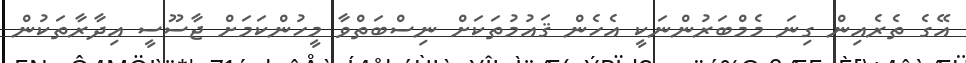
އޭގެ ތެރެއިން ގިނަ މެމްބަރުންނަކީ އެހެން ޤައުމުތަކަށް ނިސްބަތްވާ މީހުންކަމަށް ޖާސޫސީ އިދާރާތަކުން